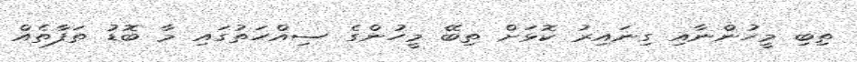
ތިބި މީހުންނާއި ގިނައިރު ކޮޅަށް ތިބޭ މީހުންގެ ސިއްހަތުގައި މާ ބޮޑު ތަފާތެއް